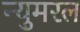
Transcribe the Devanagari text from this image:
न्युमरल